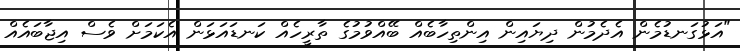
"އަޅުގަނޑުމެން އެދެމުން ދިޔައިން އިންތިހާބެއް ބޭއްވުމުގެ ތާރީހެއް ކަނޑައަޅަން އެކަމަށް ވެސް އިޖާބައެއް